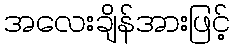
အလေးချိန်အားဖြင့်